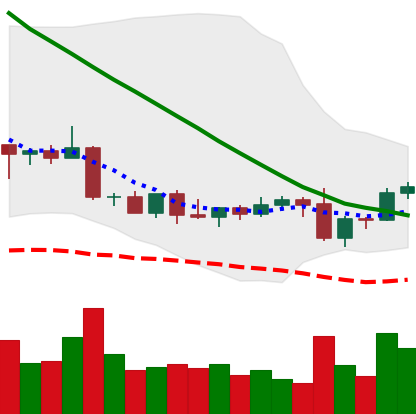
Ticker: DOGE-USD
Chart end date: 2022-09-10
Forward return: -9.24%
Label: down_7plus